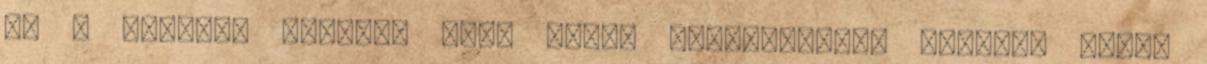
rá a világon senkit, hogy kínai alsógatyában járjon, kínai